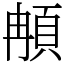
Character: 𩑺